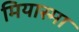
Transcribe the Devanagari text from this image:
मियास्मा